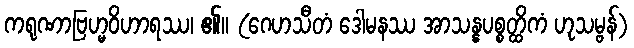
ကရုဏာဗြဟ္မဝိဟာရဿ၊ ၏။ (ဂေဟသီတံ ဒေါမနဿ အာသန္နပစ္စတ္ထိကံ ဟုသမ္ဗန်)